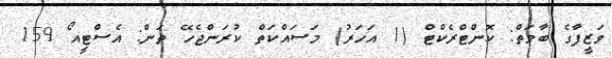
ވަޒީފާގެ ބާވަތް: ކޮންޓްރެކްޓް (1 އަހަރު) މަސައްކަތް ކުރަންޖެހޭ ތަން: އެސްޓީއޯ 159